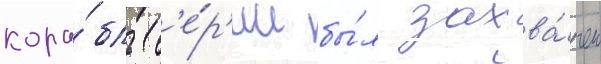
кора́бль с'е́р'ии бы́л захва́чен